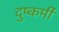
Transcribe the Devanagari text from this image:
दुष्कर्मी